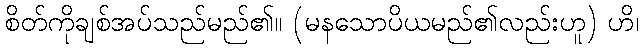
စိတ်ကိုချစ်အပ်သည်မည်၏။ (မနသောပိယမည်၏လည်းဟူ) ဟိ၊